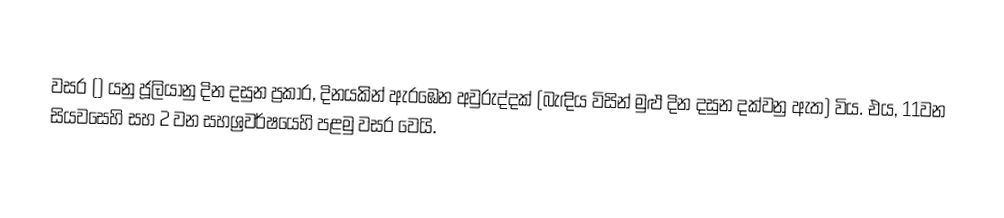

වසර   () යනු ජූලියානු දින දසුන ප්‍රකාර,    දිනයකින් ඇරඹෙන  අවුරුද්දක් (බැඳිය විසින් මුළු දින දසුන දක්වනු ඇත) විය. එය, 11වන සියවසෙහි  සහ 2 වන සහශ්‍රවර්ෂයෙහි පළමු වසර වෙයි.